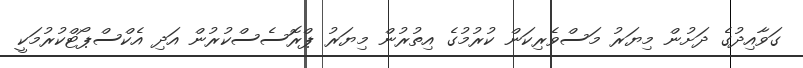
ގަވާއިދުގެ ދަށުން މިޔަރު މަސްވެރިކަން ކުރުމުގެ އިތުރުން މިޔަރު ޕްރޮސެސްކުރުން އަދި އެކްސްޕޯޓްކުރުމަކީ